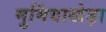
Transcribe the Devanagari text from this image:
मुमिंयाखेड़ा